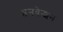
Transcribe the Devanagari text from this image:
इनवेन्शन